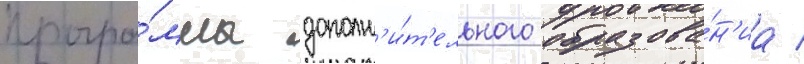
програ́ммы дополн'и́т'ельного образова́н'иа /